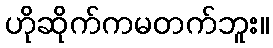
ဟိုဆိုက်ကမတက်ဘူး။